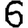
Digit: 6